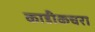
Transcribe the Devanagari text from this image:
काडीकचरा